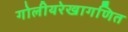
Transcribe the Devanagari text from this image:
गोलीयरेखागणित